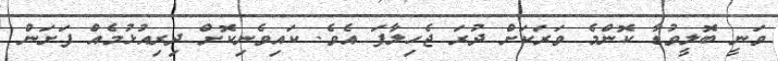
ވަނީ ބޮލީވުޑާ ކޮންމެ ވަރަކަށް ދުރަ ޖެހިލާފަ އެވެ. ކައިވެނިކޮށް ދިރިއުޅުމެއް ފަށަން